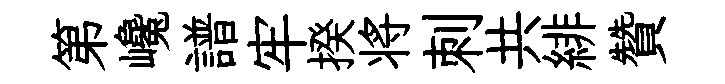
第巉譜牢揆将刺共緋贊